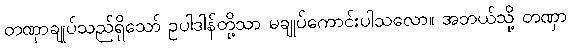
တဏှာချုပ်သည်ရှိသော် ဥပါဒါန်တို့သာ မချုပ်ကောင်းပါသလော။ အဘယ်သို့ တဏှာ